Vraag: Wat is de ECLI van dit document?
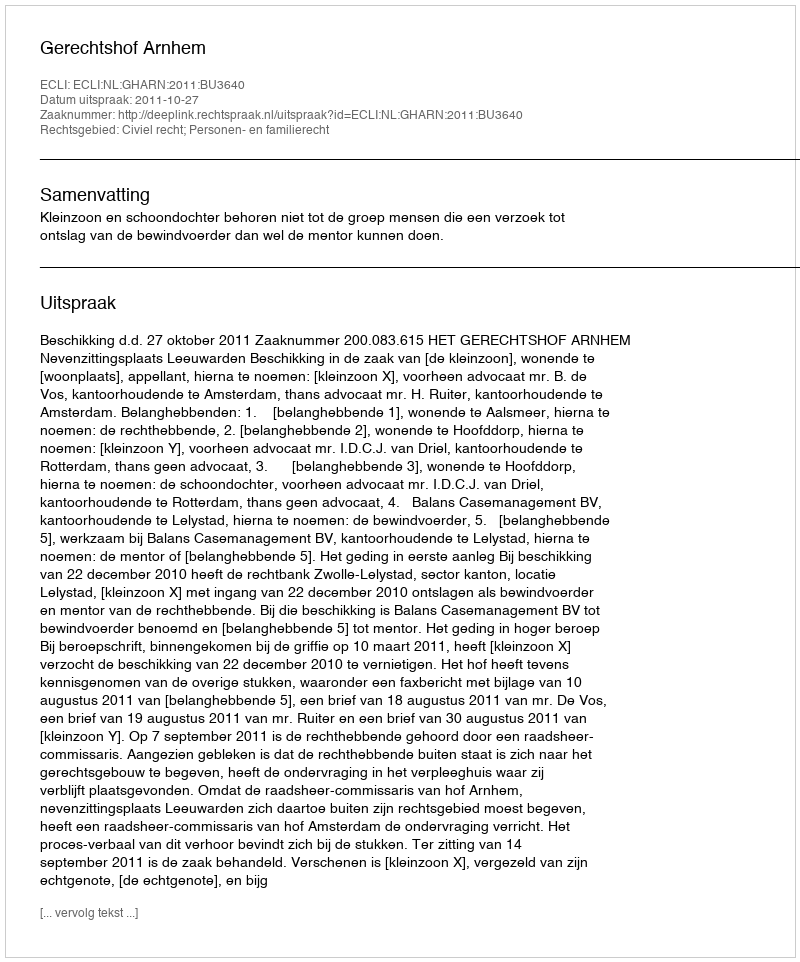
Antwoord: ECLI:NL:GHARN:2011:BU3640